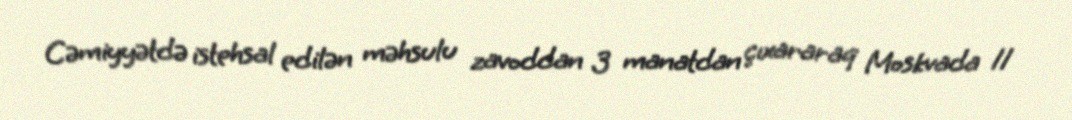
Cəmiyyətdə istehsal edilən məhsulu zavoddan 3 manatdan çıxararaq Moskvada 11